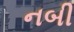
નબી